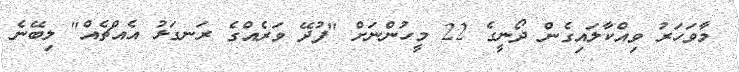
މާވަހަރު ވިއްކާލައިގެން ދޯނީގެ 22 މީހުންނަށް "ފުދޭ ވަރެއްގެ ރަނގަޅު އެއްޗެއް" ލިބޭނެ